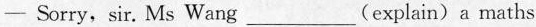
— Sorry, sir. Ms Wang___(explain)a maths